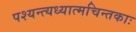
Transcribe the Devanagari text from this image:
पश्यन्त्यध्यात्मचिन्तकाः